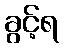
ခွင့်ရ